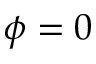
\phi = 0